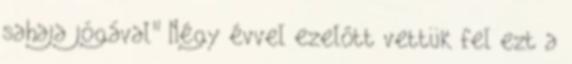
sahaja jógával" Négy évvel ezelőtt vettük fel ezt a